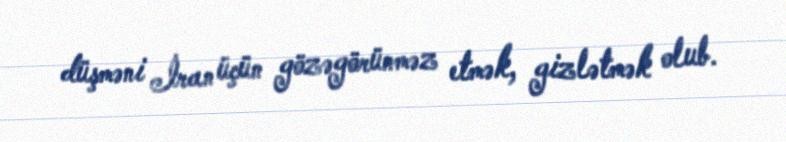
düşməni İran üçün gözəgörünməz etmək, gizlətmək olub.